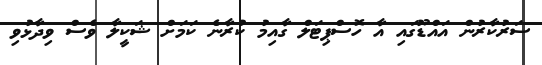
ސަރުކާރުން އައްޑޫގައި އާ ހޮސްޕިޓަލް ގާއިމު ކުރާނެ ކަމަށް ޝަކީލާ ވެސް ވިދާޅުވި